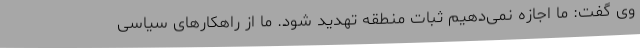
وی گفت: ما اجازه نمی‌دهیم ثبات منطقه تهدید شود. ما از راهکارهای سیاسی